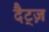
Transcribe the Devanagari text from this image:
दैट्ज़